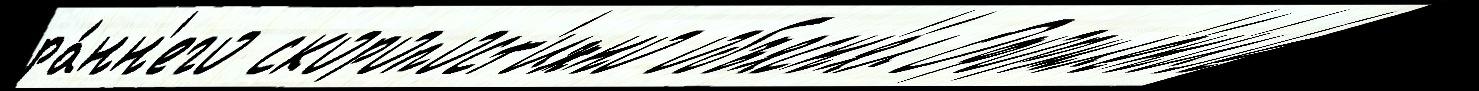
ра́нн'его скоропост'ижно объясн'я́л Оформл'е́н'иjе